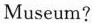
Museum?